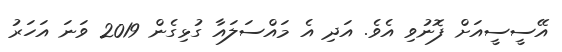
އޭސީސީއަށް ފޮނުވި އެވެ. އަދި އެ މައްސަލައާ ގުޅިގެން 2019 ވަނަ އަހަރު